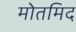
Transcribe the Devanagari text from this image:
मोतमिद